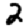
Digit: 2